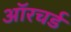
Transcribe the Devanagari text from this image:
ऑरचर्ड